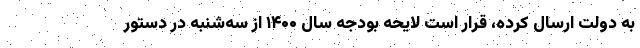
به دولت ارسال کرده، قرار است لایحه بودجه سال ۱۴۰۰ از سه‌شنبه در دستور